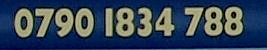
07901834788